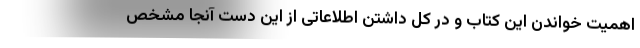
اهمیت خواندن این کتاب و در کل داشتن اطلاعاتی از این دست آنجا مشخص